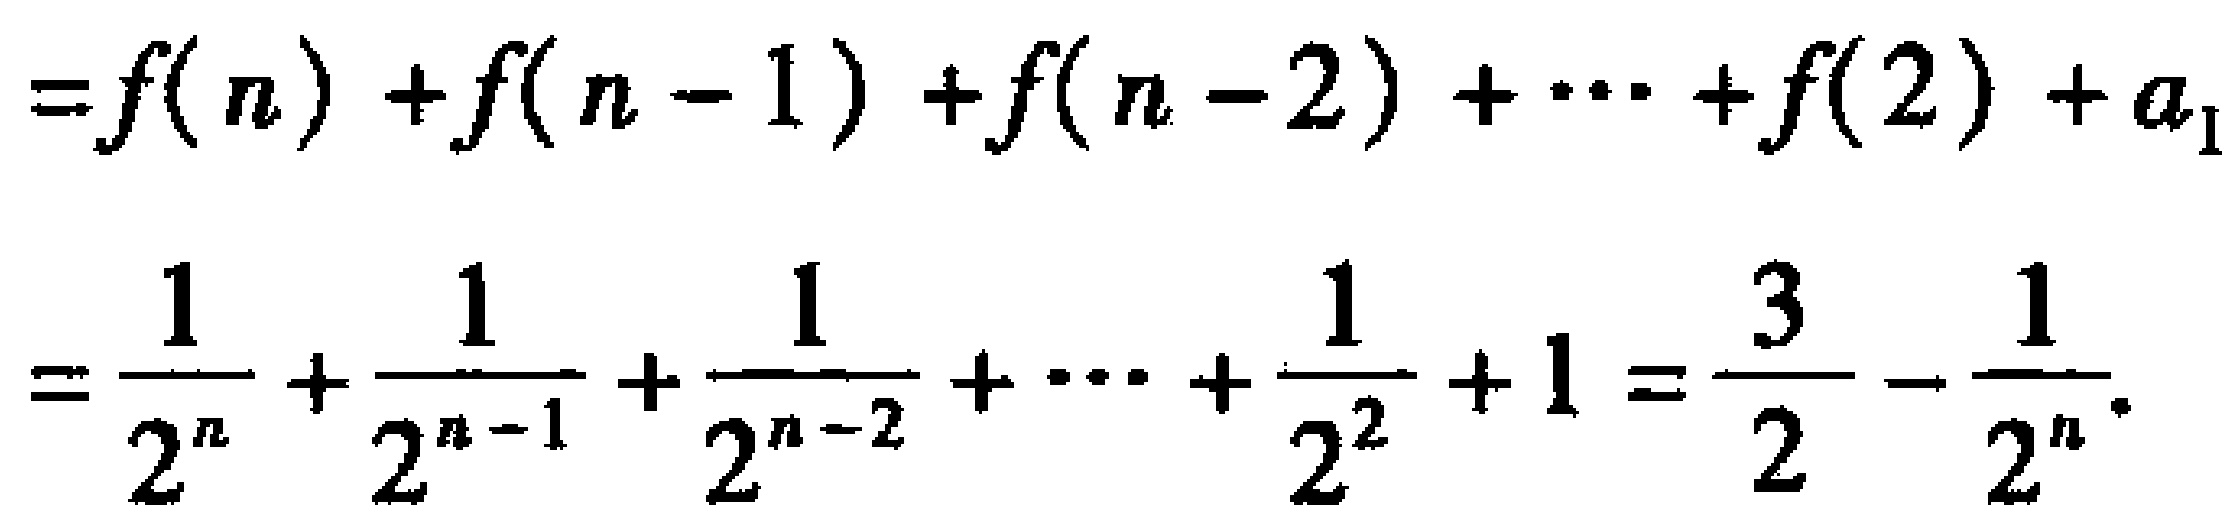
\[
\begin{align*}
&=f(n)+f(n - 1)+f(n - 2)+\cdots +f(2)+a_1\\
&=\frac{1}{2^n}+\frac{1}{2^{n - 1}}+\frac{1}{2^{n - 2}}+\cdots+\frac{1}{2^2}+1=\frac{3}{2}-\frac{1}{2^n}
\end{align*}
\]